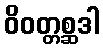
ဝိဝတ္တစ္ဆဒါ